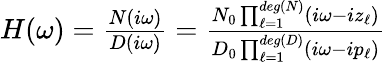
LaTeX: \begin{array}{r}{\begin{array}{r}{H(\omega)=\frac{N(i\omega)}{D(i\omega)}=\frac{N_{0}\prod_{\ell=1}^{deg(N)}(i\omega-iz_{\ell})}{D_{0}\prod_{\ell=1}^{deg(D)}(i\omega-ip_{\ell})}}\end{array}}\end{array}